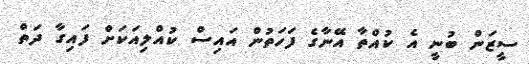
ސީޒަން ބުނީ އެ ކުއްތާ އޭނާގެ ފަހަތުން އައިސް ކުއްލިއަކަށް ފައިގާ ދަތް